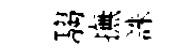
騶撫誅